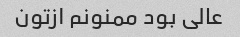
عالی بود ممنونم ازتون